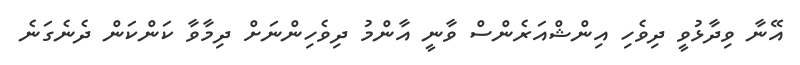
އޭނާ ވިދާޅުވީ ދިވެހި އިންޝްއަރެންސް ވާނީ އާންމު ދިވެހިންނަށް ދިމާވާ ކަންކަން ދެނެގަނެ